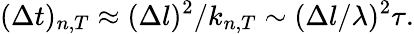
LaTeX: ({\Delta}t)_{n,T}\approx(\Delta l)^{2}/k_{n,T}\sim(\Delta l/\lambda)^{2}\tau.